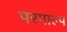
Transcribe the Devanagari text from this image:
परमाल्प